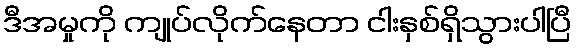
ဒီအမှုကို ကျုပ်လိုက်နေတာ ငါးနှစ်ရှိသွားပါပြီ